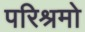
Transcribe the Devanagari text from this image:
परिश्रमो